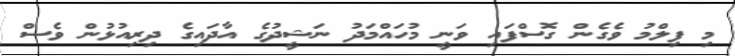
މި ފިލްމު ވެގެން ގޮސްފައި ވަނީ މުހައްމަދު ނަޝީދުގެ އާދައިގެ ދިރިއުޅުން ވެސް